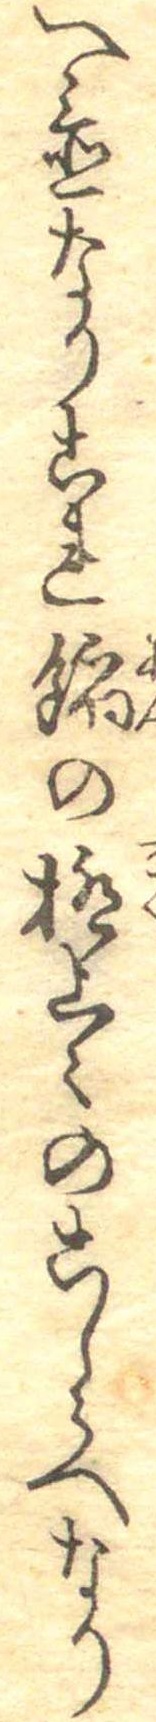
へ置なりこれ餡の極上々のこしらへなり